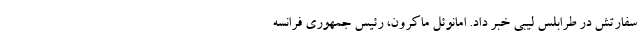
سفارتش در طرابلس لیبی خبر داد. امانوئل ماکرون، رئیس جمهوری فرانسه